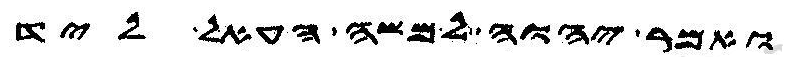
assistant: ואמר יהוה למשה העאל ליד